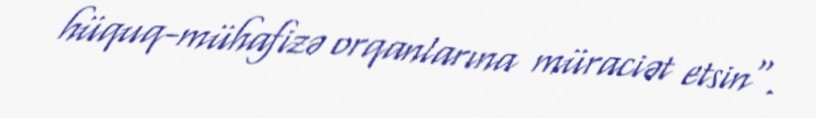
hüquq-mühafizə orqanlarına müraciət etsin".